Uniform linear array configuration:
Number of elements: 12
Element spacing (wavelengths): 0.25
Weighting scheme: kaiser
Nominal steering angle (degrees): -60
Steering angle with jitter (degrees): -58.266
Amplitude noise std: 0.05
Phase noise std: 0.05

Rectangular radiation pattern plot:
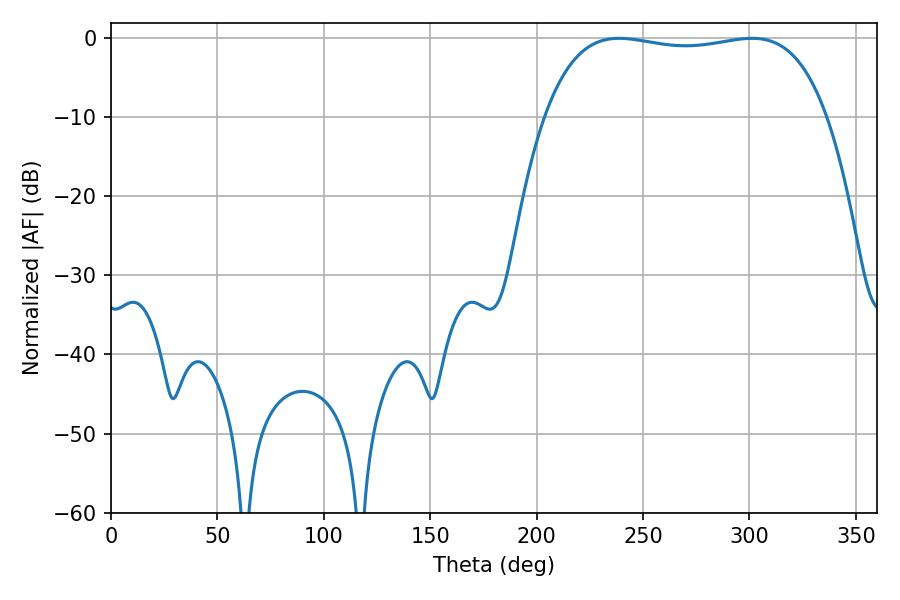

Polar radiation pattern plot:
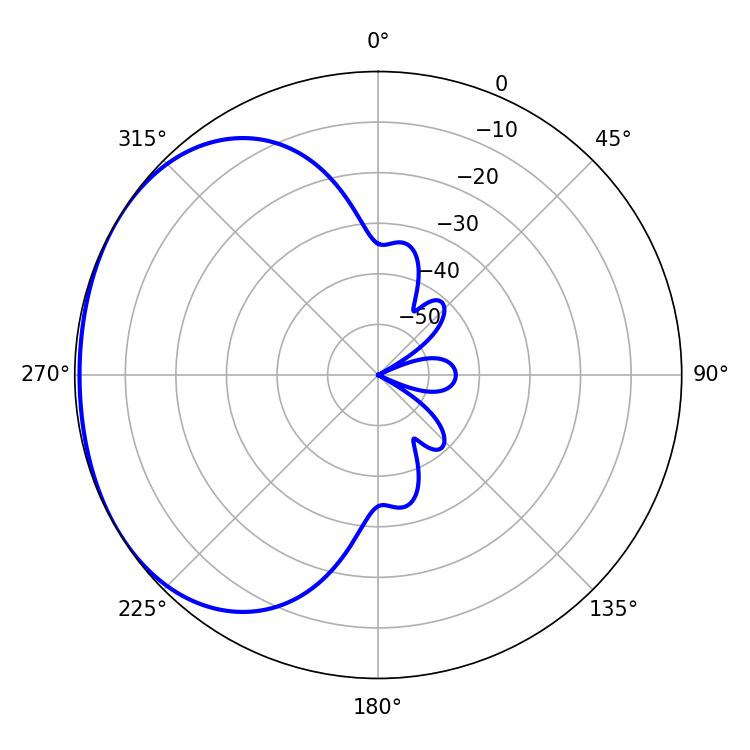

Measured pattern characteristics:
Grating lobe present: FALSE
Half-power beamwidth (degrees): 106.2
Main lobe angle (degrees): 238.68